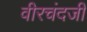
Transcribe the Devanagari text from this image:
वीरचंदजी